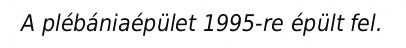
A plébániaépület 1995-re épült fel.